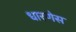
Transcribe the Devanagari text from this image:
धारणेस